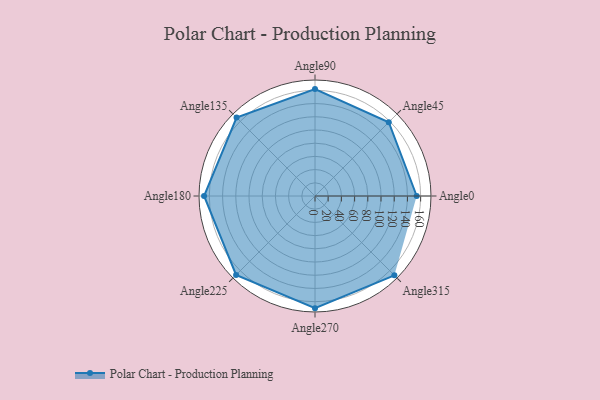
{"axis": {"x": "Angle", "y": "Radius"}, "legend": [""], "data": [{"x": "Angle0", "y": 154.0, "type": ""}, {"x": "Angle45", "y": 158.0, "type": ""}, {"x": "Angle90", "y": 162.0, "type": ""}, {"x": "Angle135", "y": 168.0, "type": ""}, {"x": "Angle180", "y": 168.0, "type": ""}, {"x": "Angle225", "y": 169.0, "type": ""}, {"x": "Angle270", "y": 170, "type": ""}, {"x": "Angle315", "y": 170, "type": ""}]}